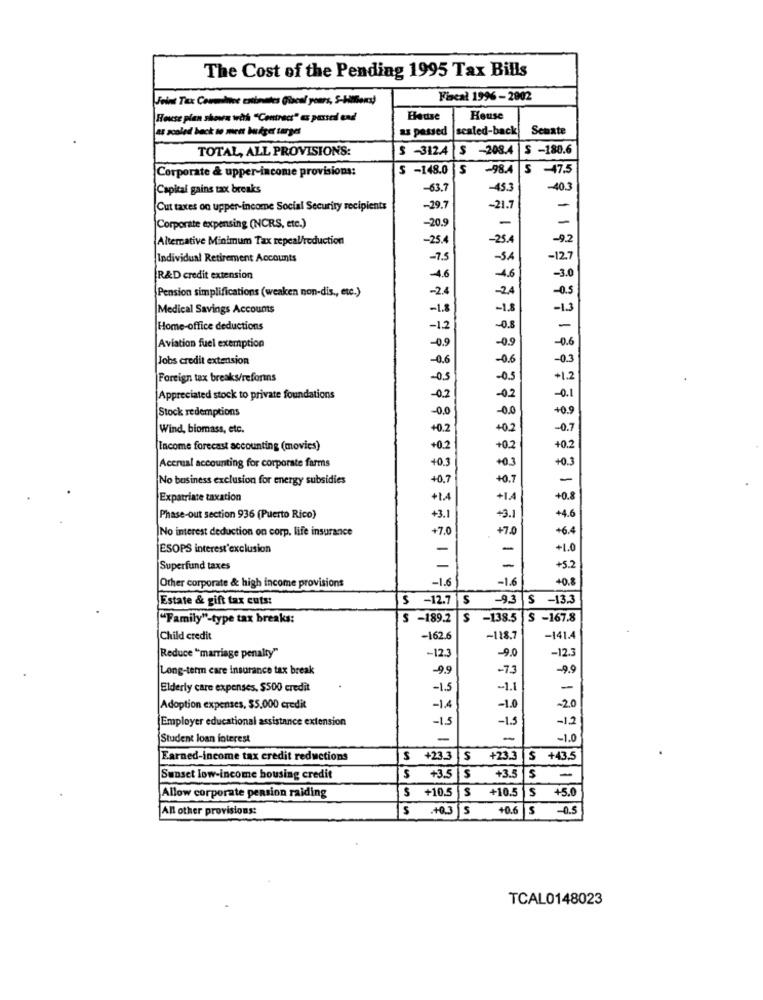
The Cost of the Pending 1995 Tax Bills
Joint Tax Coumince estimates (local yours, 5-Hier)
Facal 1996-2002
House plan showa wåh "Contract" az passeil end
Hadise
House
as zooled back to ment budget turges
as passed
scaled-back
Senate
TOTAL, ALL PROVISIONS:
$ -312.4 $ -208.4
$ -180.6
Corporate & upper-income provisions:
S -148.0
-98.4
5
-47.5
Capital gains tax breaks
-63.7
-45.3
-403
Cut taxes on upper-income Social Security recipients
-29.7
-21.7
-
-
Corporate expensing (NCRS, etc.)
-20.9
Alternative Minimum Tax repeal/reduction
-25.4
-25.4
-92
Individual Retirement Accounts
-7.5
-SA
-12.7
-3.0
R&D credit extension
-4.6
4.6
-2.4
Pension simplifications (weaken non-dis ., etc.)
-24
Medical Savings Accounts
-1.8
Home-office deductions
-12
-0.
Aviation fuel exemption
-0.9
Jobs credit extension
-0.6
Foreign tax breaks/reforms
-05
Appreciated stock to private foundations
-0.2
Stock redemptions
-0.0
Wind, biomass, etc.
+0.2
+0.2
Income forecast accounting (movies)
+0.2
10.2
40.3
Accrual accounting for corporate farms
+03
+0.3
No business exclusion for energy subsidies
+0.7
+0.7
Expatriate taxation
+1.4
+1.A
+0.8
Phase-out section 936 (Puerto Rico)
+3.1
+3.1
+4.6
+7.0
+7.0
+6.4
No interest deduction on corp, life insurance
ESOPS interest'exclusion
-
-
+1.0
Superfund taxes
-
-
+5.2
-1.6
-1.6
+0.8
Other corporate & high income provisions
Estate & gift tax cuts:
$ -12.7
S
-9.3 S -13.3
"Family"-type tax breaks:
S -189.2
-138.5 S -167.8
Child credit
-162.6
-118.7
-1414
Reduce "marriage penalty"
-12.3
-9.0
-12.3
Long-term care insurance tax break
-9.9
-73
-99
Elderly care expenses, $500 credit
-1.5
-1.1
-
Adoption expenses, $5.000 credit
-1.4
-1.0
-2.0
Employer educational assistance extension
-1.5
-1.5
-12
Student loan interest
-
-
-1.0
Earned-income tax credit reductions
$ +23.3
$ +23.3 $ +43.5
Sunset low-income housing credit
$
+3.5
$
+3.5
$ +10.5 | $ +10.5 |$ +5.0
Allow corporate pension raiding
All other provisions:
$ .+0.3 5
+0.6 S -0.5
TCAL0148023